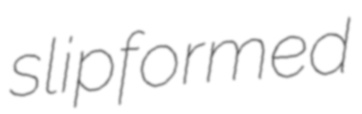
slipformed